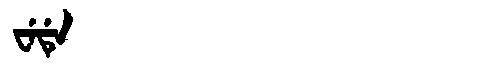
Manchu: ᠸᡝᡩᡝ
Romanization: WEDE